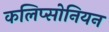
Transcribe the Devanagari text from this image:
कलिप्सोनियन